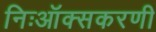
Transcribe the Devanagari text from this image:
निःऑक्सकरणी